Some observations on the poison of the banded krait (Bungarus fasciatus) - Number 7
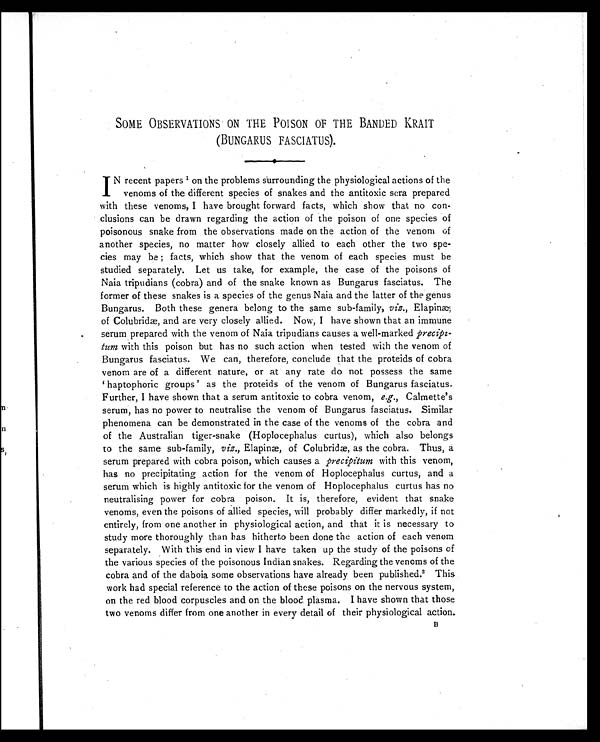
SOME OBSERVATIONS ON THE POISON OF THE BANDED KRAIT
(BUNGARUS FASCIATUS).
IN recent papers 1 on the problems surrounding the physiological actions of the
venoms of the different species of snakes and the antitoxic sera prepared
with these venoms, I have brought forward facts, which show that no con-
clusions can be drawn regarding the action of the poison of one species of
poisonous snake from the observations made on the action of the venom of
another species, no matter how closely allied to each other the two spe-
cies may be ; facts, which show that the venom of each species must be
studied separately. Let us take, for example, the case of the poisons of
Naia tripudians (cobra) and of the snake known as Bungarus fasciatus. The
former of these snakes is a species of the genus Naia and the latter of the genus
Bungarus. Both these genera belong to the same sub-family, viz., Elapinæ,
of Colubridæ, and are very closely allied. Now, I have shown that an immune
serum prepared with the venom of Naia tripudians causes a well-marked precipi-
tum with this poison but has no such action when tested with the venom of
Bungarus fasciatus. We can, therefore, conclude that the proteids of cobra
venom are of a different nature, or at any rate do not possess the same
' h a p t o p h o r i c g r o u p s ' a s t h e p r o t e i d s o f t h e v e n o m o f B u n g a r u s f a s c i a t u s .
Further, I have shown that a serum antitoxic to cobra venom, e.g., Calmette's
serum, has no power to neutralise the venom of Bungarus fasciatus. Similar
phenomena can be demonstrated in the case of the venoms of the cobra and
of the Australian tiger-snake (Hoplocephalus curtus), which also belongs
to the same sub-family, viz., Elapinæ, of Colubridæ, as the cobra. Thus, a
serum prepared with cobra poison, which causes a precipitum with this venom,
has no precipitating action for the venom of Hoplocephalus curtus, and a
serum which is highly antitoxic for the venom of Hoplocephalus curtus has no
neutralising power for cobra poison. It is, therefore, evident that snake
venoms, even the poisons of allied species, will probably differ markedly, if not
entirely, from one another in physiological action, and that it is necessary to
study more thoroughly than has hitherto been done the action of each venom
separately. With this end in view I have taken up the study of the poisons of
the various species of the poisonous Indian snakes. Regarding the venoms of the
cobra and of the daboia some observations have already been published.2 This
work had special reference to the action of these poisons on the nervous system,
on the red blood corpuscles and on the blood, plasma. I have shown that those
two venoms differ from one another in every detail of their physiological action.
B